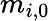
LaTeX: m_{i,0}